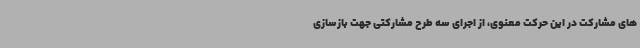
های مشارکت در این حرکت معنوی، از اجرای سه طرح مشارکتی جهت بازسازی